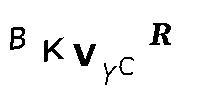
BKVYCR